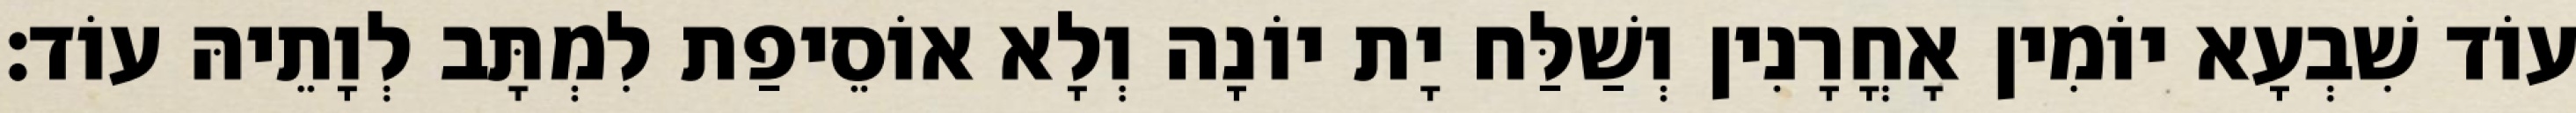
עוֹד שִׁבְעָא יוֹמִין אָחֳרָנִין וְשַׁלַּח יָת יוֹנָה וְלָא אוֹסֵיפַת לִמְתָּב לְוָתֵיהּ עוֹד׃